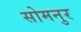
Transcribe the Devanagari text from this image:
सोमनुर